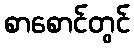
စာစောင်တွင်